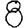
Digit: 8